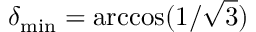
\delta _ { \mathrm { m i n } } = \operatorname { a r c c o s } ( 1 / \sqrt { 3 } )